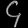
Digit: ၄